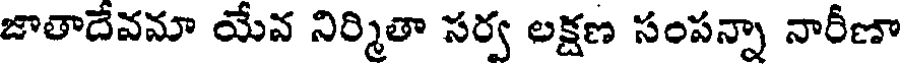
జాతాదేవమా యేవ నిర్మితా సర్వ లక్షణ సంపన్నా నారీణా